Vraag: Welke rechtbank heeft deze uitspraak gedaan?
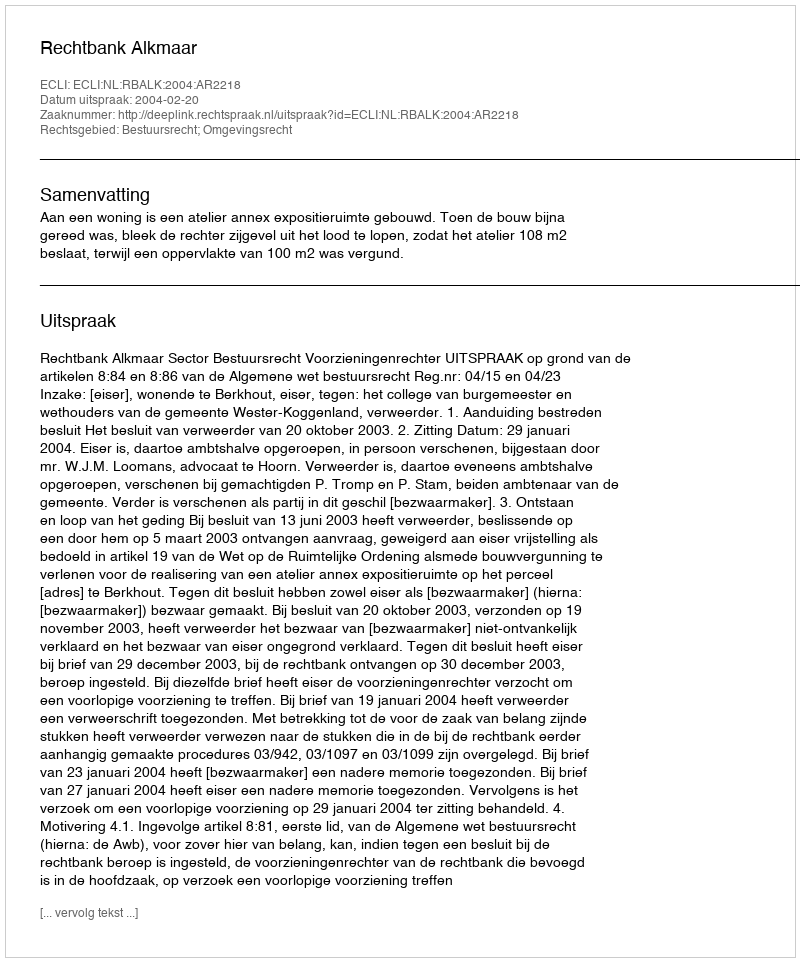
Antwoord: Rechtbank Alkmaar